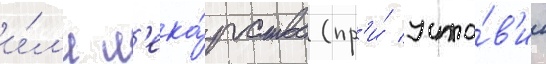
и́л'и л'ека́рства (пр'и́ усло́в'ии